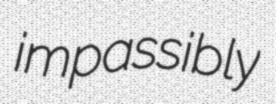
impassibly